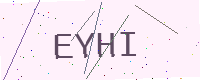
Text: EYHI